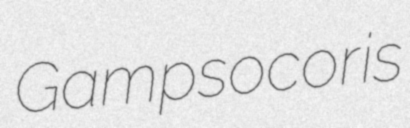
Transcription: Gampsocoris